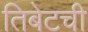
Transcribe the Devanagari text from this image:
तिबेटची